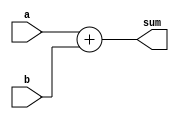
module adder_nbit 
    // Parameters Section
    # (parameter N = 3)
    //ports section
    (input [N-1:0] a,
     input [N-1:0] b,
     output reg [N:0] sum);
    
    //the wildcard operator is the best procedure's sensitivity list control

    always @(*) begin
        sum[N:0] = a[N-1:0] + b[N-1:0];
        //sum = a + b;
    end
    
endmodule